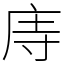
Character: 庤